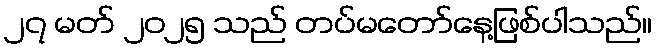
၂၇ မတ် ၂၀၂၅ သည် တပ်မတော်နေ့ဖြစ်ပါသည်။